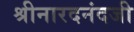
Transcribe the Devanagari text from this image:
श्रीनारदनंदजी